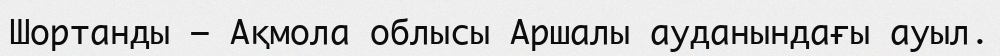
Шортанды – Ақмола облысы Аршалы ауданындағы ауыл.